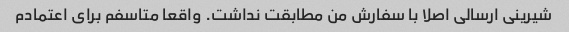
شیرینی ارسالی اصلا با سفارش من مطابقت نداشت. واقعا متاسفم برای اعتمادم